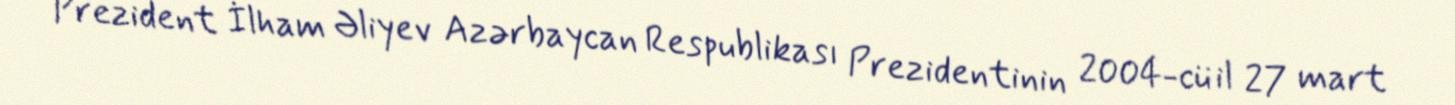
Prezident İlham Əliyev Azərbaycan Respublikası Prezidentinin 2004-cü il 27 mart